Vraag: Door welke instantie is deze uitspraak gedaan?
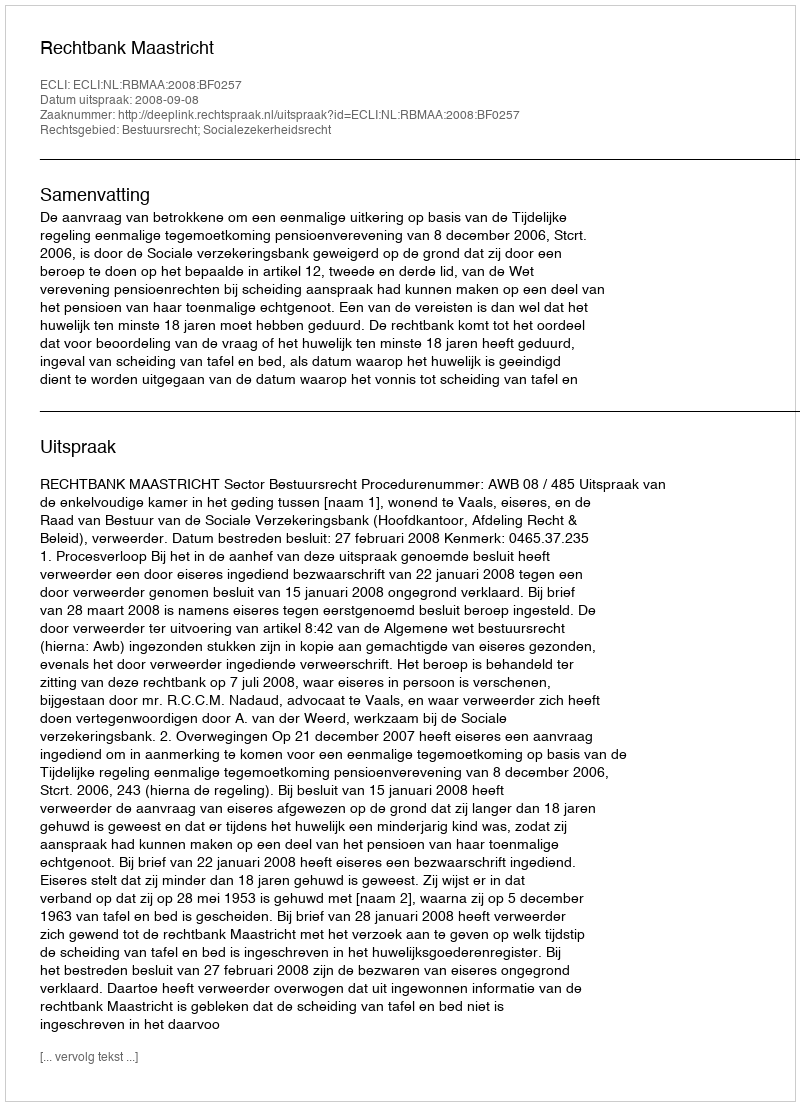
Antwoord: Rechtbank Maastricht